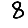
Digit: 8